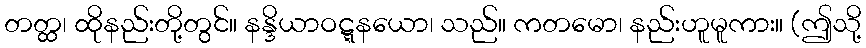
တတ္ထ၊ ထိုနည်းတို့တွင်။ နန္ဒိယာဝဋ္ဋနယော၊ သည်။ ကတမော၊ နည်းဟူမူကား။ (ဤသို့